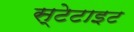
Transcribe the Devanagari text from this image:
स्टेटाइट